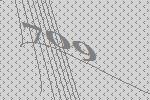
709